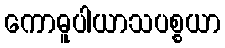
ကောဓူပါယာသပစ္စယာ